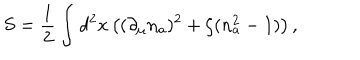
S = \frac { 1 } { 2 } \int d ^ { 2 } x \left( ( \partial _ { \mu } n _ { a } ) ^ { 2 } + \zeta ( n _ { a } ^ { 2 } - 1 ) \right) ,